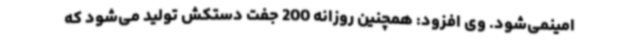
امینمی‌شود. وی افزود: همچنین روزانه 200 جفت دستکش تولید می‌شود که